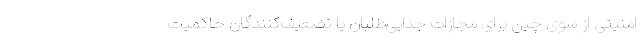
امنیتی از سوی چین برای مجازات جدایی‌طلبان یا تضعیف‌کنندگان حاکمیت